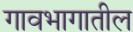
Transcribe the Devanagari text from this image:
गावभागातील